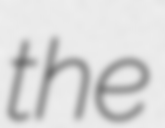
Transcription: the